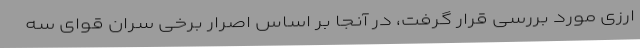
ارزی مورد بررسی قرار گرفت، در آنجا بر اساس اصرار برخی سران قوای سه